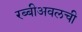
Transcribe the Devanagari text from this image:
रब्बीअवलची